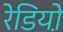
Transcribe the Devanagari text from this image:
रेडियो़